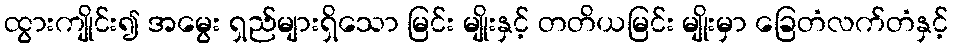
ထွားကျိုင်း၍ အမွေး ရှည်များရှိသော မြင်း မျိုးနှင့် တတိယမြင်း မျိုးမှာ ခြေတံလက်တံနှင့်